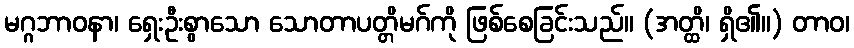
မဂ္ဂဘာဝနာ၊ ရှေးဦးစွာသော သောတာပတ္တိမဂ်ကို ဖြစ်စေခြင်းသည်။ (အတ္ထိ၊ ရှိ၏။) တာဝ၊